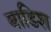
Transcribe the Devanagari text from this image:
बाडिश